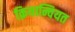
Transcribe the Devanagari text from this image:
क्रियान्वियत